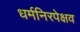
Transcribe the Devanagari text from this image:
धर्मनिरपेक्षव